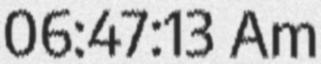
06:47:13 Am